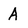
Character: A